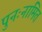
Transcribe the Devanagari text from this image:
पुनःनामित